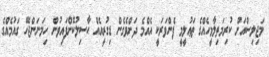
މަޖިލިސްއަށް ކުރިމަތިލާމީހެއްގެ ތަޢުލީމީ ފެންވަރަކީ އެއްމެ ދަށްވެގެން ޑިގުރީއެއް ޙާސިލުކޮށްފައިވުން ހިމަނަންޖެހޭ ގައުމެއްގެ